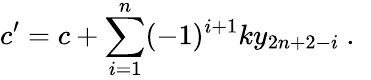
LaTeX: c^{\prime}=c+\sum_{i=1}^{n}(-1)^{i+1}ky_{2n+2-i}~.~\,